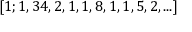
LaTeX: [ 1 ; 1 , 3 4 , 2 , 1 , 1 , 8 , 1 , 1 , 5 , 2 , . . . ]